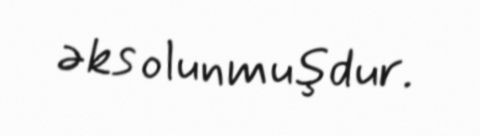
əks olunmuşdur.